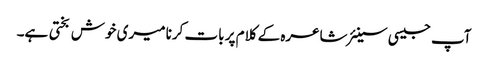
آپ جیسی سینئر شاعرہ کے کلام پر بات کرنا میری خوش بختی ہے۔